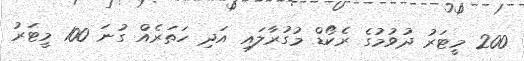
200 މީޓަރު ދުވުމުގެ ރެކޯޑް މުގުރާލައި އަދި ހަތަރެއް ގުނަ 100 މީޓަރު